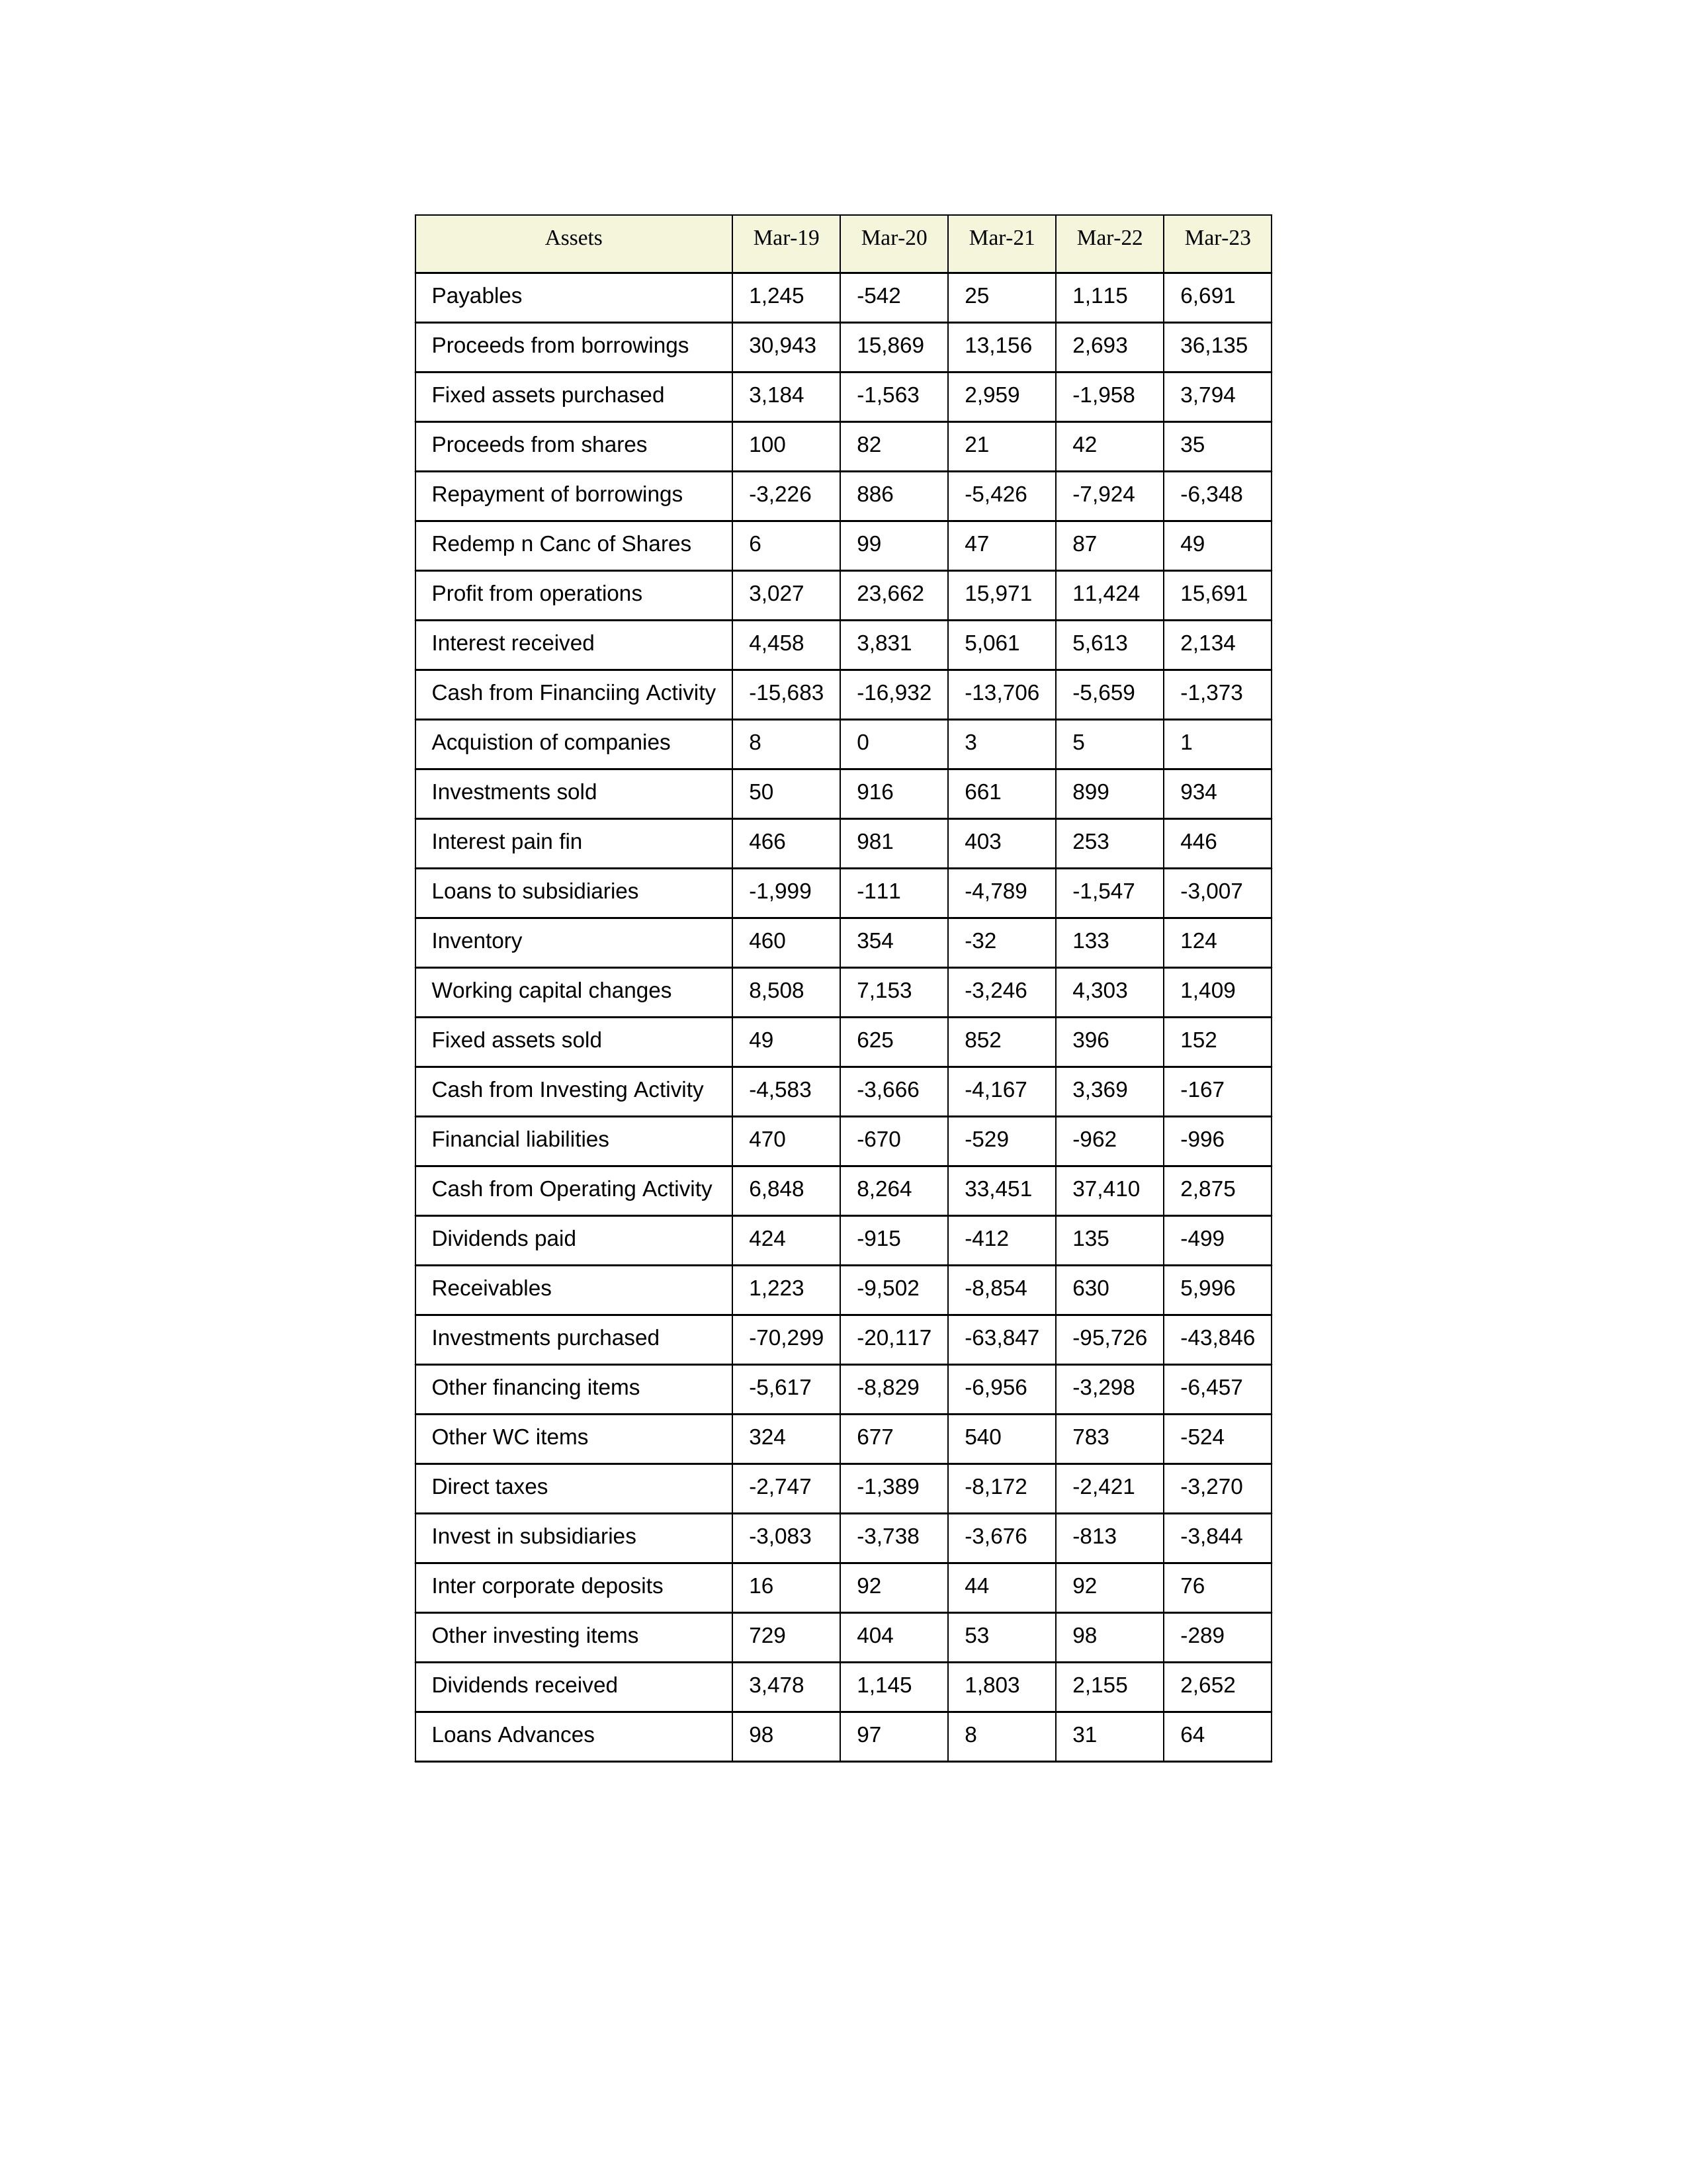
gt_parse: Mar-19: Cash from Operating Activity: 6,848
Profit from operations: 3,027
Receivables: 1,223
Inventory: 460
Payables: 1,245
Loans Advances: 98
Other WC items: 324
Working capital changes: 8,508
Direct taxes: -2,747
Cash from Investing Activity: -4,583
Fixed assets purchased: 3,184
Fixed assets sold: 49
Investments purchased: -70,299
Investments sold: 50
Interest received: 4,458
Dividends received: 3,478
Invest in subsidiaries: -3,083
Loans to subsidiaries: -1,999
Redemp n Canc of Shares: 6
Acquistion of companies: 8
Inter corporate deposits: 16
Other investing items: 729
Cash from Financiing Activity: -15,683
Proceeds from shares: 100
Proceeds from borrowings: 30,943
Repayment of borrowings: -3,226
Interest pain fin: 466
Dividends paid: 424
Financial liabilities: 470
Other financing items: -5,617
Mar-20: Cash from Operating Activity: 8,264
Profit from operations: 23,662
Receivables: -9,502
Inventory: 354
Payables: -542
Loans Advances: 97
Other WC items: 677
Working capital changes: 7,153
Direct taxes: -1,389
Cash from Investing Activity: -3,666
Fixed assets purchased: -1,563
Fixed assets sold: 625
Investments purchased: -20,117
Investments sold: 916
Interest received: 3,831
Dividends received: 1,145
Invest in subsidiaries: -3,738
Loans to subsidiaries: -111
Redemp n Canc of Shares: 99
Acquistion of companies: 0
Inter corporate deposits: 92
Other investing items: 404
Cash from Financiing Activity: -16,932
Proceeds from shares: 82
Proceeds from borrowings: 15,869
Repayment of borrowings: 886
Interest pain fin: 981
Dividends paid: -915
Financial liabilities: -670
Other financing items: -8,829
Mar-21: Cash from Operating Activity: 33,451
Profit from operations: 15,971
Receivables: -8,854
Inventory: -32
Payables: 25
Loans Advances: 8
Other WC items: 540
Working capital changes: -3,246
Direct taxes: -8,172
Cash from Investing Activity: -4,167
Fixed assets purchased: 2,959
Fixed assets sold: 852
Investments purchased: -63,847
Investments sold: 661
Interest received: 5,061
Dividends received: 1,803
Invest in subsidiaries: -3,676
Loans to subsidiaries: -4,789
Redemp n Canc of Shares: 47
Acquistion of companies: 3
Inter corporate deposits: 44
Other investing items: 53
Cash from Financiing Activity: -13,706
Proceeds from shares: 21
Proceeds from borrowings: 13,156
Repayment of borrowings: -5,426
Interest pain fin: 403
Dividends paid: -412
Financial liabilities: -529
Other financing items: -6,956
Mar-22: Cash from Operating Activity: 37,410
Profit from operations: 11,424
Receivables: 630
Inventory: 133
Payables: 1,115
Loans Advances: 31
Other WC items: 783
Working capital changes: 4,303
Direct taxes: -2,421
Cash from Investing Activity: 3,369
Fixed assets purchased: -1,958
Fixed assets sold: 396
Investments purchased: -95,726
Investments sold: 899
Interest received: 5,613
Dividends received: 2,155
Invest in subsidiaries: -813
Loans to subsidiaries: -1,547
Redemp n Canc of Shares: 87
Acquistion of companies: 5
Inter corporate deposits: 92
Other investing items: 98
Cash from Financiing Activity: -5,659
Proceeds from shares: 42
Proceeds from borrowings: 2,693
Repayment of borrowings: -7,924
Interest pain fin: 253
Dividends paid: 135
Financial liabilities: -962
Other financing items: -3,298
Mar-23: Cash from Operating Activity: 2,875
Profit from operations: 15,691
Receivables: 5,996
Inventory: 124
Payables: 6,691
Loans Advances: 64
Other WC items: -524
Working capital changes: 1,409
Direct taxes: -3,270
Cash from Investing Activity: -167
Fixed assets purchased: 3,794
Fixed assets sold: 152
Investments purchased: -43,846
Investments sold: 934
Interest received: 2,134
Dividends received: 2,652
Invest in subsidiaries: -3,844
Loans to subsidiaries: -3,007
Redemp n Canc of Shares: 49
Acquistion of companies: 1
Inter corporate deposits: 76
Other investing items: -289
Cash from Financiing Activity: -1,373
Proceeds from shares: 35
Proceeds from borrowings: 36,135
Repayment of borrowings: -6,348
Interest pain fin: 446
Dividends paid: -499
Financial liabilities: -996
Other financing items: -6,457